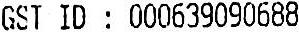
GST ID : 000639090688